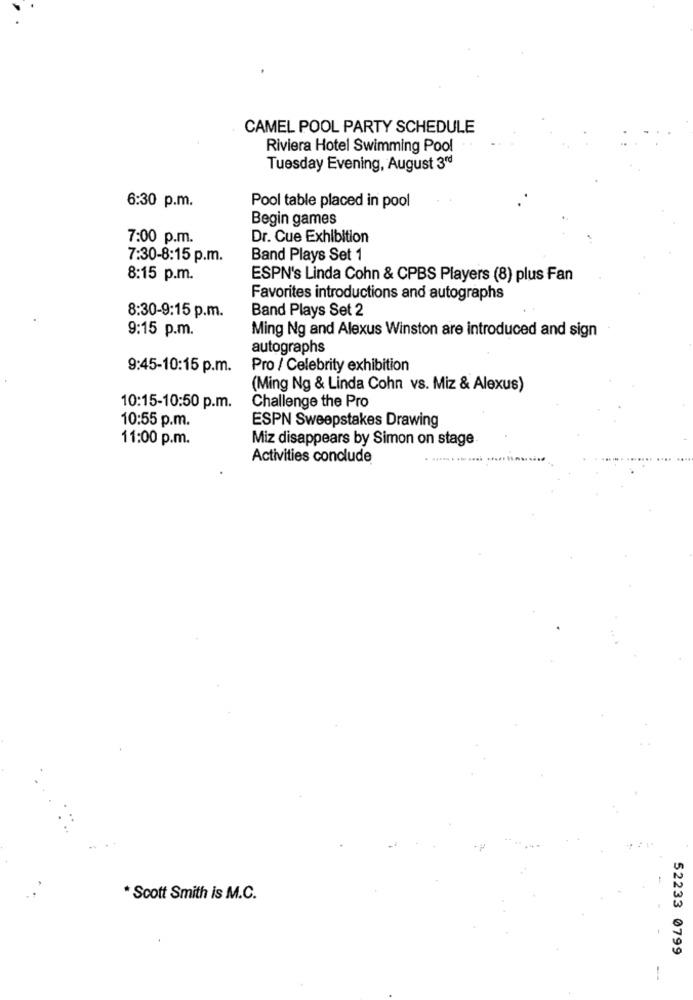
CAMEL POOL PARTY SCHEDULE
Riviera Hotel Swimming Pool
Tuesday Evening, August 3rd
6:30 p.m.
Pool table placed in pool
Begin games
7:00 p.m.
Dr. Cue Exhibition
7:30-8:15 p.m.
Band Plays Set 1
8:15 p.m.
ESPN's Linda Cohn & CPBS Players (8) plus Fan
Favorites introductions and autographs
Band Plays Set 2
8:30-9:15 p.m.
9:15 p.m.
Ming Ng and Alexus Winston are introduced and sign
autographs
9:45-10:15 p.m.
Pro / Celebrity exhibition
(Ming Ng & Linda Cohn vs. Miz & Alexus)
Challenge the Pro
10:15-10:50 p.m.
ESPN Sweepstakes Drawing
10:55 p.m.
11:00 p.m.
Miz disappears by Simon on stage
Activities conclude
* Scott Smith is M.C.
52233 0799
--